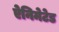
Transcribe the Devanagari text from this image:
ऐनिमेटेड